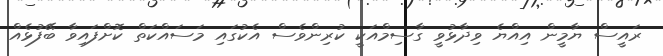
ރައީސް ޔާމީން އިއްޔެ ވިދާޅުވީ ގާސިމްއަކީ ކުރިންވެސް އެކުގައި މަސައްކަތް ކޮށްފައިވާ ބޭފުޅެއް